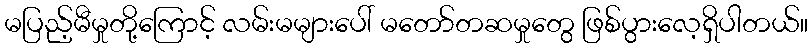
မပြည့်မီမှုတို့ကြောင့် လမ်းမများပေါ် မတော်တဆမှုတွေ ဖြစ်ပွားလေ့ရှိပါတယ်။